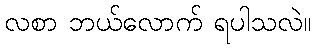
လစာ ဘယ်လောက် ရပါသလဲ။